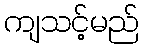
ကျသင့်မည်